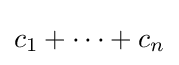
c_{1}+\cdots +c_{n}